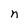
Character: n